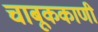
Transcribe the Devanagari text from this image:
चाबूककाणी